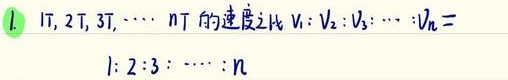
1. \(1T,2T,3T,\cdots nT\) 的速度之比 \(v_1:v_2:v_3:\cdots:v_n =\)
\(1:2:3:\cdots:n\)